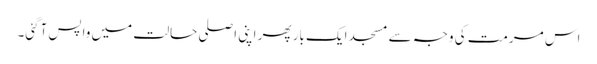
اس مرمت کی وجہ سے مسجد ایک بار پھر اپنی اصلی حالت میں واپس آگئی۔